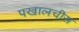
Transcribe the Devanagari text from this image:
पखालचीस